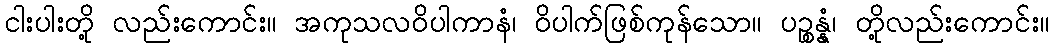
ငါးပါးတို့ လည်းကောင်း။ အကုသလဝိပါကာနံ၊ ဝိပါက်ဖြစ်ကုန်သော။ ပဉ္စန္နံ၊ တို့လည်းကောင်း။